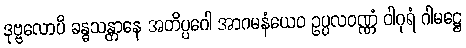
ဒုဗ္ဗလောပိ ခန္ဓသန္တာနေ အတိပ္ပဂေါ အာဂမနံယေဝ ဥပ္ပလဝဏ္ဏံ ဝါဂုရံ ဂါမဋ္ဌေ